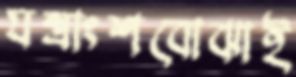
যন্ত্রাংশবোঝাই